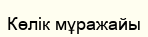
Көлік мұражайы